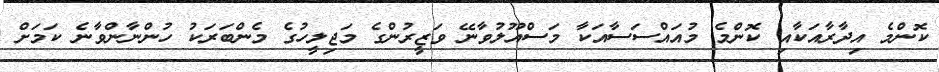
ކޮންމެ އިދާރާއަކާއި ކޮންމެ މުއައްސަސާއަކާ މަސްއޫލުވާނޭ ވަޒީރުންގެ މަޖިލީހުގެ މެންބަރަކު ހުންނާންވާނެ ކަމަށް